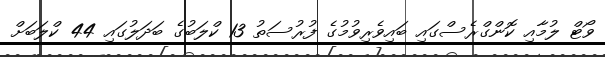
ވޯޓް ލުމާއި ކޮންގްރެސްގައި ބައިވެރިވުމުގެ ފުރުސަތު 13 ކްލަބުގެ ބަދަލުގައި 44 ކްލަބަށް